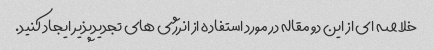
خلاصه ای از این دو مقاله در مورد استفاده از انرژی های تجدیدپذیر ایجاد کنید.